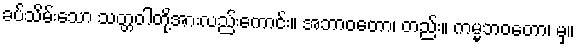
ခပ်သိမ်းသော သတ္တဝါတို့အားလည်းကောင်း။ အဘာဝတော၊ တည်း။ ကမ္မဘဝတော၊ မှ။